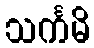
သင်္ကမိ